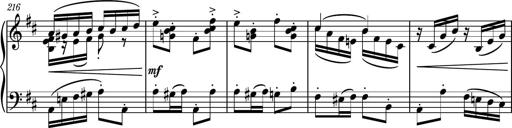
Title: Piano Sonatina No.6
Composer: Dimitri Sykias
Key: A major